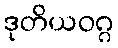
ဒုတိယဝဂ္ဂ